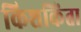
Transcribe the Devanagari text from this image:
किशकिंता